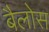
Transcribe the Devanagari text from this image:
बैलोस